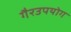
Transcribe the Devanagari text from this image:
गैरउपयोग